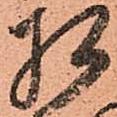
相